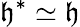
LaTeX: {\mathfrak{h}}^{*}\simeq{\mathfrak{h}}